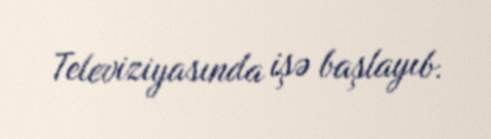
Televiziyasında işə başlayıb.